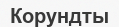
Корундты